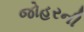
જોહરની